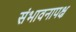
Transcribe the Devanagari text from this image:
संभावनापक्ष